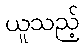
ယူသည့်